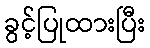
ခွင့်ပြုထားပြီး